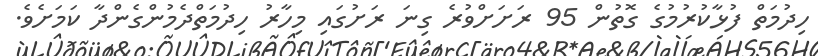
ހިދުމަތް ފުޅާކުރުމުގެ ގޮތުން 95 ރަށަށްވުރެ ގިނަ ރަށުގައި މިހާރު ހިދުމަތްދެމުންގެންދާ ކަމަށެވެ.